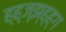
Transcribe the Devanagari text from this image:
ह्ह्ज्झ्ह्ह्ग